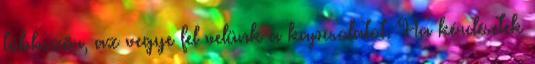
többször, az vegye fel velünk a kapcsolatot. Ha kérdésetek